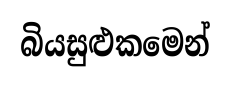
බියසුළුකමෙන්